Standards of the constituents of the urine and blood and the bearing of the metabolism of Bengalis on the problems of nutrition - Number 34
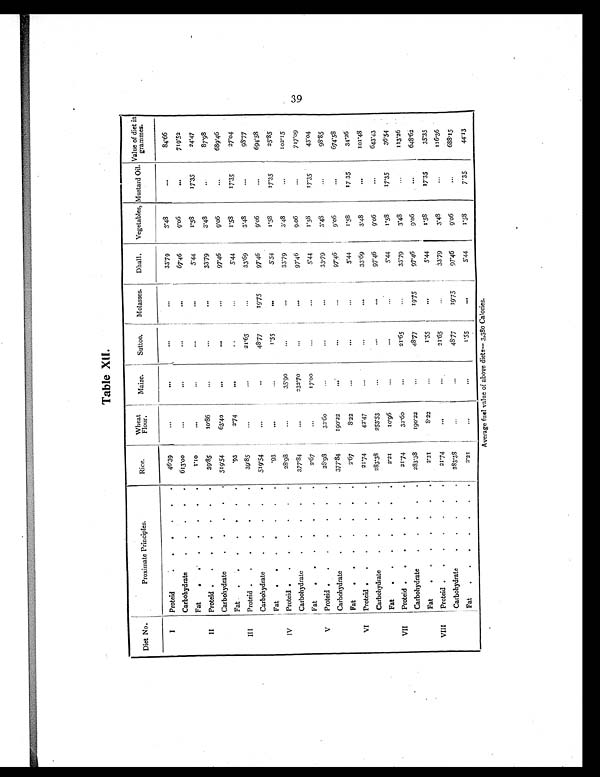
Table XII.
Diet No.
Proximate Principles.
Rice.
Wheat
Flour.
M a i z e .
Suttoo.
Molasses.
Dhall. Vegetables, Mustard Oil. Value of diet in
grammes.
I
Proteid
. . . . . .
46. 39
. . .
. . . ...
. . .
33. 79
3 . 4 8
. . .
8 4 . 6 6
Carbohydrate
. . . . .
613.00
. . .
...
...
. . .
67. 46
9.06
...
7 1 9 . 5 2
Fat
. . . . . . .
1 . 1 0
. . .
. . .
. . .
. . .
5. 44
1.58
17.35
2 4 . 4 7
II
Proteid . . . . . . .
39.85
1 0 . 8 6
. . .
. . .
. . .
33. 79
3 . 4 8
. . .
87.98
Carbohydrate
. . . . .
519.54
63.40
. . .
. . . ...
97. 46
9 . 0 6
...
6 8 9 . 4 6
Fat . . . . . . .
.93
2. 74
. . .
. . . . . .
5. 44
1.58
17.35
2 7 . 0 4
III
Proteid . . . . . . .
39.85
. . .
. . .
21.65
...
33. 69
3 . 4 8
. . .
9 8 . 7 7
Carbohydrate
. . . . .
519.54
...
. . .
48.77
19. 75
97. 46
9 . 0 6
. . . 6 9 4 . 5 8
Fat . . . . . . .
.93
...
...
1.55
. . .
5.44
1 . 5 8
17.35
2 5 . 8 5
IV
Proteid . . . . . . .
28. 98
...
35. 90
...
...
33.79
3 . 4 8
...
102.15
.
Carbohydrate
. . . . .
377.84
...
232. 70
...
. . .
97. 46
9.06
...
7 1 7 . 0 9
Fat
. . . . . . .
2.67
. . .
17. 00
. . .
...
5 . 4 4
1 . 5 8
17.35
4 3 . 0 4
V
Proteid . . . . . . .
28.98
32.60
...
. . .
...
33.69
3 . 4 8
...
9 8 . 8 5
.
Carbohydrate
. .
. .
377.84
190. 22
...
...
. . .
97. 46
9 . 0 6
. . . 6 7 4 . 5 8
Fat . . . . . . .
2. 67
8.22
...
. . . ...
5. 44
1.58
17 35
3 4 . 2 6
VI Proteid . . . . . .
21. 74
42.47
...
...
. . .
33.79
3 . 4 8
. . . 101.48
Carbohydrate
. . . .
283.38
253.53
. . .
...
. . .
97. 46
9.06
...
6 4 3 . 4 3
Fat . . . . . . .
2. 21
10.96
...
. . .
. . .
5. 44
1 . 5 8
17.35
3 6 . 5 4
VII
Proteid . . . . .
21. 74
32.60o
...
21.65
. . .
33. 79
3 . 4 8
...
1 1 3 . 2 6
Carbohydrate
. . . .
283.38
190. 22
. . .
48.77
19. 75
97. 46
9.06
. . . 648.62
Fat
. . . . . .
2.21
8.22
...
1.55
. . .
5.44
1.58
17.35
3 5 . 3 5
VIII
Proteid . . . . . . .
21.74 ... ....
21.65
. . .
33. 79
3 . 4 8
. . . 1 1 6 . 3 6
Carbohydrate
. . . . . 283.38
...
. . .
48.77
19. 75
97. 46
9.06
...
688.15
Fat . . . . . .
2.21
...
...
1 . 5 5 ...
5. 44
1 . 5 8
7.35
44.13
Average fuel value of above diets—3,380 Calories.
39